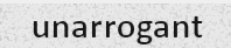
unarrogant